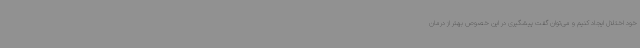
خود اختلال ایجاد کنیم و می‌توان گفت پیشگیری در این خصوص بهتر از درمان